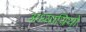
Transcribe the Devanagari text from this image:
अध्यायियों